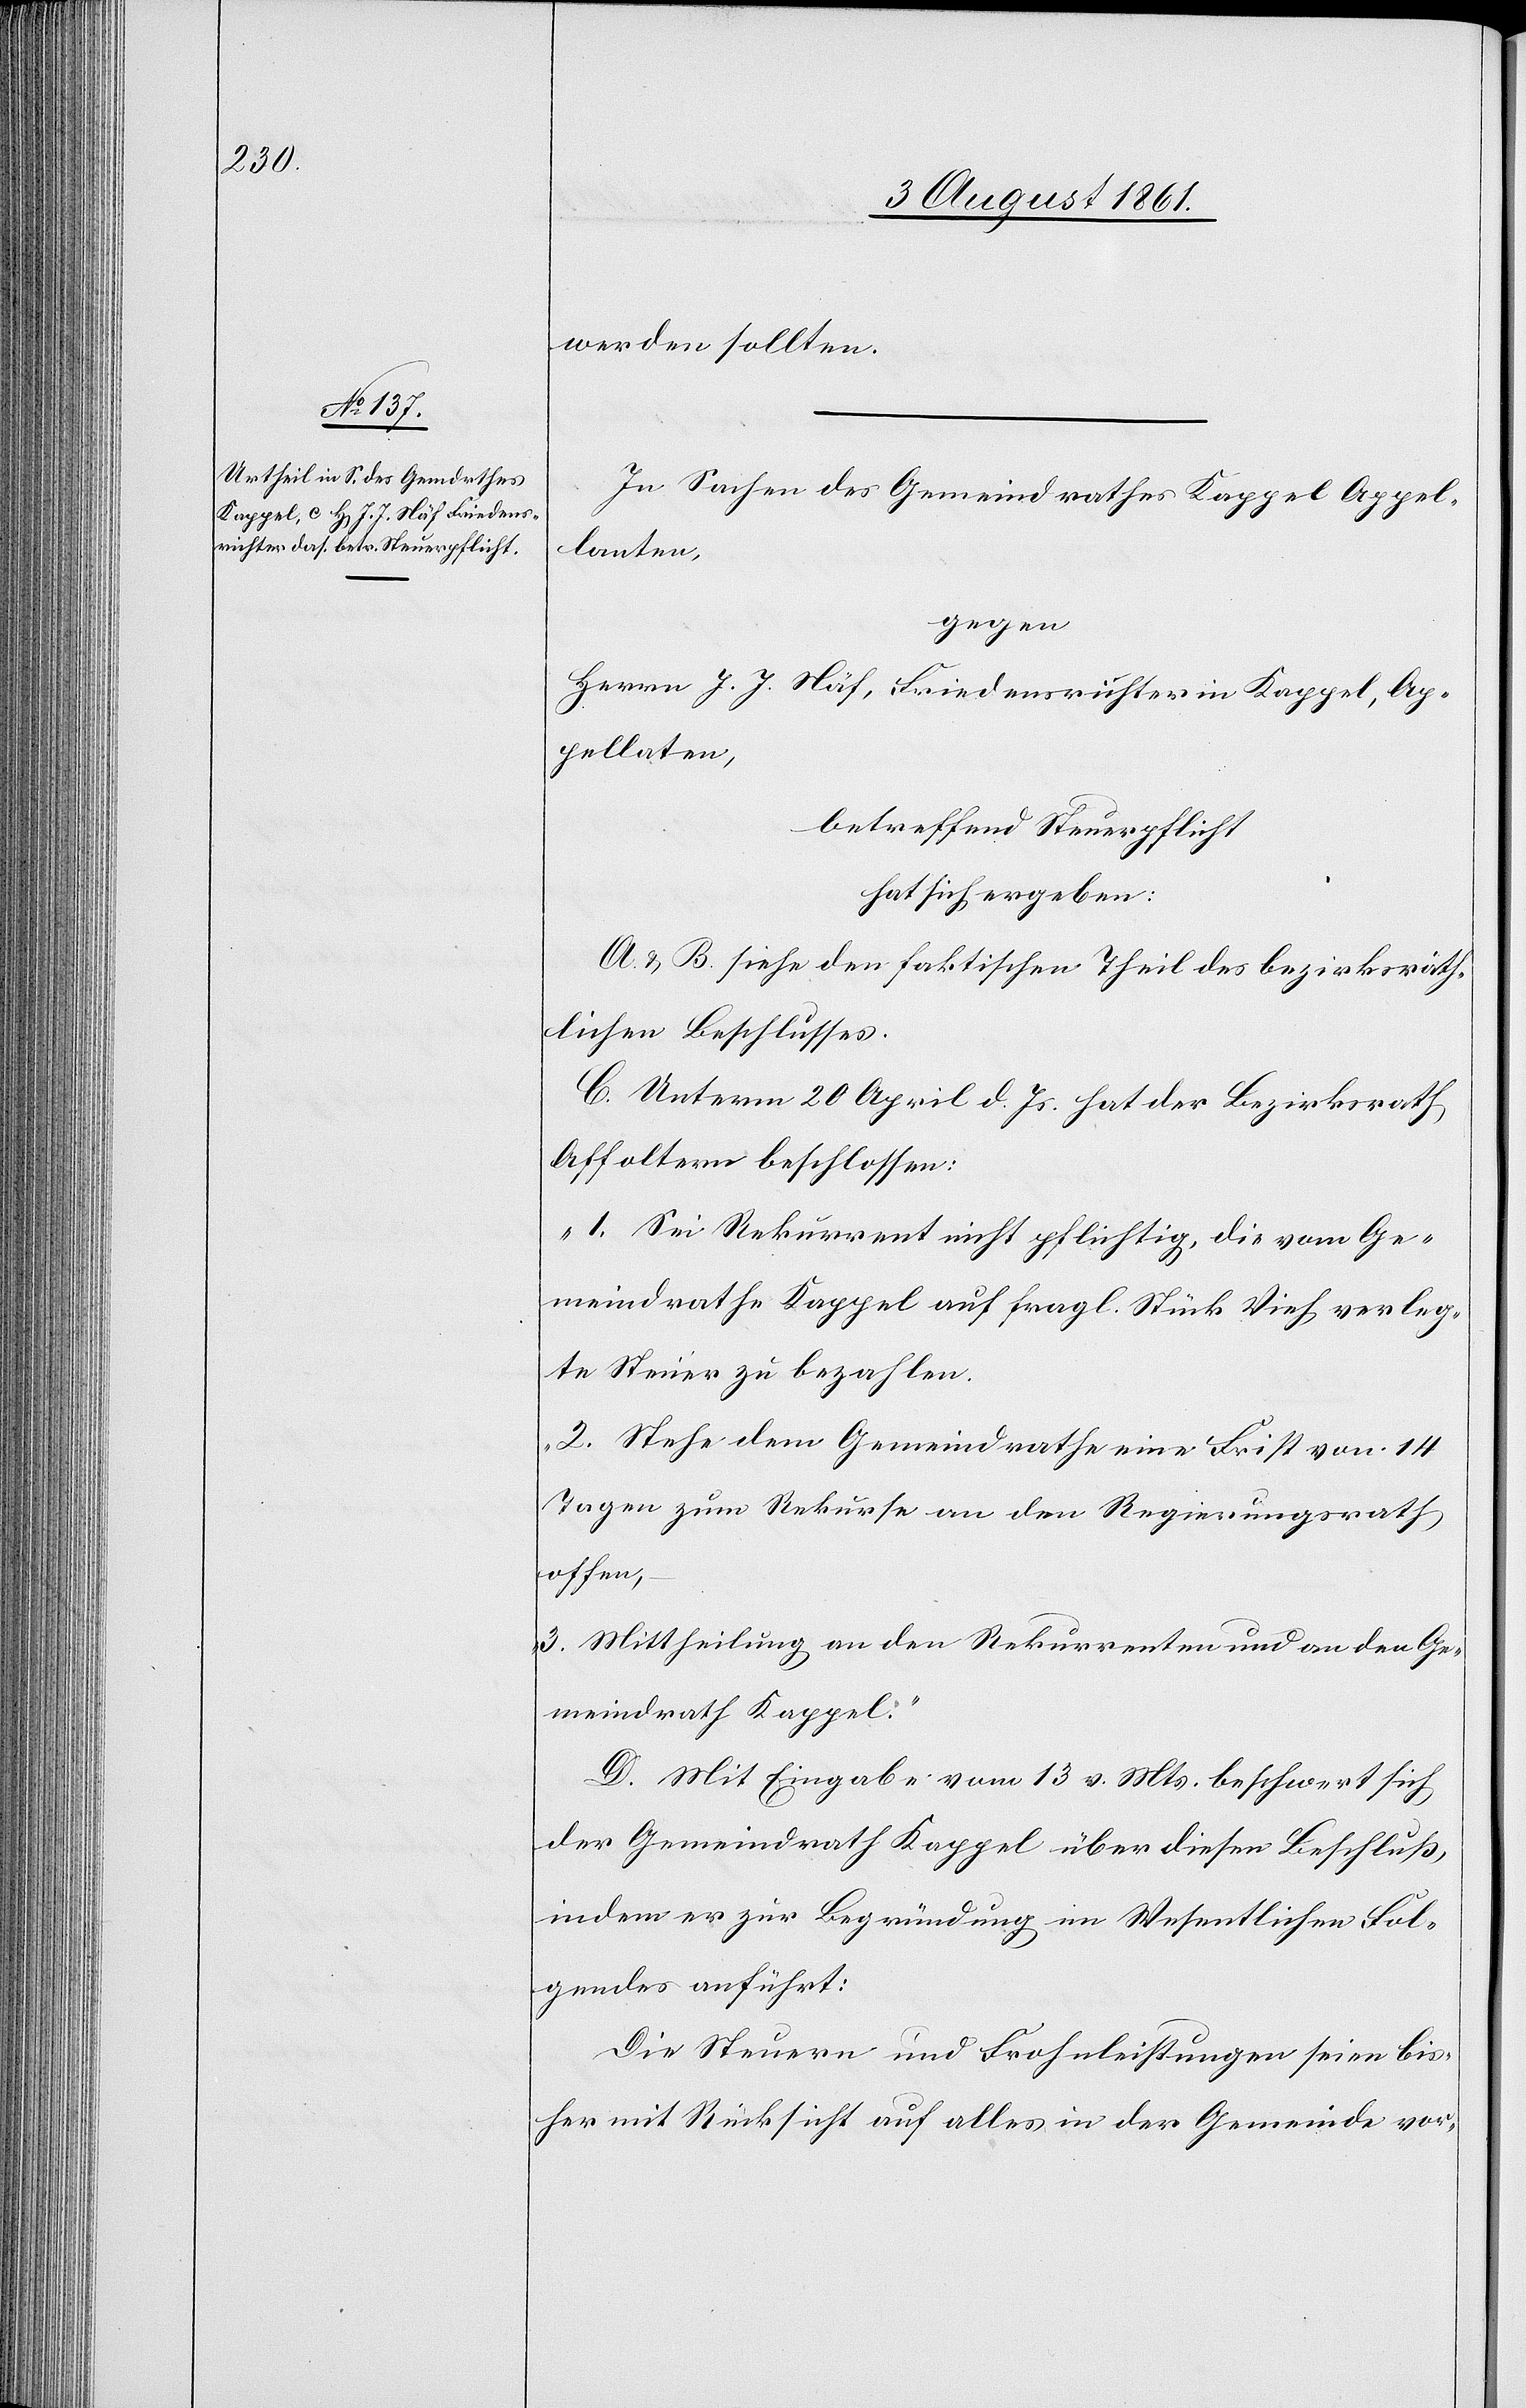
werden sollten.
In Sachen des Gemeindrathes Kappel Appel¬
lanten,
gegen
Herrn J. J. Näf, Friedensrichter in Kappel, Ap¬
pellaten,
betreffend Steuerpflicht
hat sich ergeben:
A. u. B siehe den faktischen Theil des bezirksräth¬
lichen Beschlusses.
C. Unterm 20 April d. Js. hat der Bezirksrath
Affoltern beschlossen:
„1. Sei Rekurrent nicht pflichtig, die vom Ge¬
meindrathe Kappel auf fragl. Stück Vieh verleg¬
te Steuer zu bezahlen.
2. Stehe dem Gemeindrathe eine Frist von 14
Tagen zum Rekurse an den Regierungsrath
offen,
3. Mittheilung an den Rekurrenten und an den Ge¬
meindrath Kappel.“
D. Mit Eingabe vom 13 v. Mts. beschwert sich
der Gemeindrath Kappel über diesen Beschluß,
indem er zur Begründung im Wesentlichen Fol¬
gendes anführt:
Die Steuern und Frohnleistungen seien bis¬
her mit Rücksicht auf alles in der Gemeinde vor-